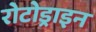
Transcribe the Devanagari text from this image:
रोटोड्राइन